Papers set at the Examination for Leaving Certificates, 1889
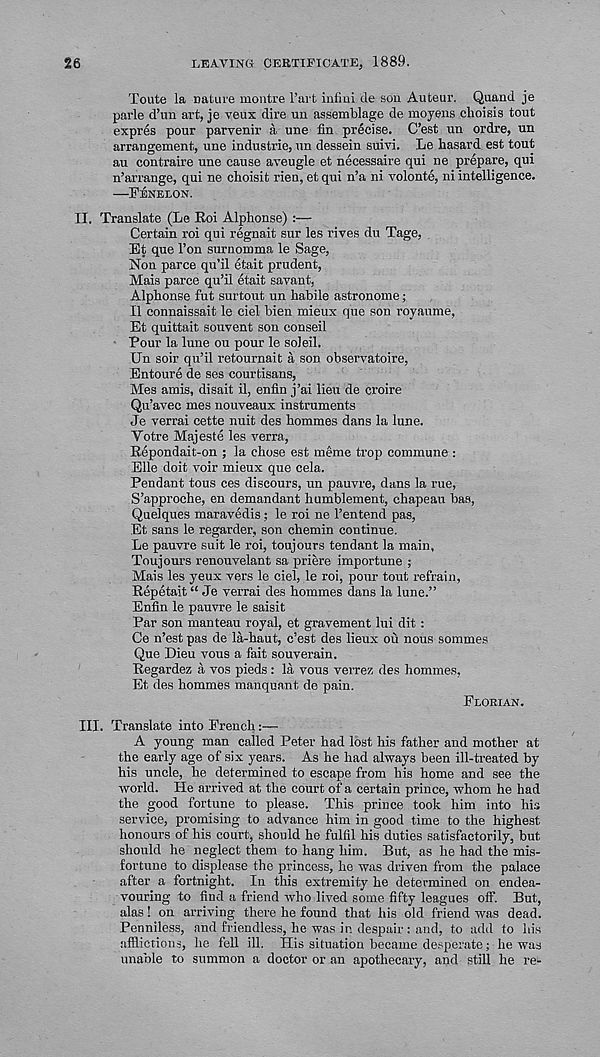
26
LEAVING CERTIFICATE, 1889.
Toute la nature montre Part infmi de son Auteur. Quand je
parle d’un art, je veux dire un assemblage de moyens choisis tout
expres pour parvenir a une fin precise. C’est un ordre, un
arrangement, une Industrie, un dessein suivi. Le hasard est tout
au contraire une cause aveugle et necessaire qui ne prepare, qui
n’arrange, qui ne clioisit rien, et qui n’a ni volonte, ni intelligence.
—FENELON.
II. Translate (Le Roi Alphonse) :—
Certain roi qui regnait sur les rives du Tage,
Et que Ton surnomma le Sage,
Non parce qu’il etait prudent,
Mais parce qu’ii etait savant,
Alphonse fut surtout un habile astronome;
II eonnaissait le ciel bien mieux que son royaume,
Et quittait souvent son conseil
Pour la lune ou pour le soleil.
Un soir qu’il retournait a son observatoire,
Entoure de ses courtisans,
Mes amis, disait il, enfin j’ai lieu de croire
Qu’avec mes nouveaux instruments
Je verrai cette nuit des hommes dans la lune.
Yotre Majeste les verra,
Repondait-on ; la chose est meme trop commune :
Elle doit voir mieux que cela.
Pendant tous ces discours, un pauvre, dans la rue,
S’approche, en demandant humblement, chapeau bas,
Quelques maravedis; le roi ne 1’entend pas,
Et sans le regarder, son chemin continue.
Le pauvre suit le roi, toujours tendant la main,
Toujours renouvelant sa priere importune ;
Mais les yeux vers le ciel, le roi, pour tout refrain,
Repetait “ Je verrai des hommes dans la lune.”
Enfin le pauvre le saisit
Par son manteau royal, et gravement lui dit :
Ce n’est pas de la-haut, c’est des lieux ou nous sommes
Que Dieu vous a fait souverain.
Regardez a vos pieds : la vous verrez des hommes,
Et des hommes manquant de pain.
FLORIAN.
III. Translate into French:—
A young man called Peter had lost his father and mother at
the early age of six years. As he had always been ill-treated by
his uncle, he determined to escape from his home and see the
world. He arrived at the court of a certain prince, whom he had
the good fortune to please. This prince took him into his
service, promising to advance him in good time to the highest
honours of his court, should he fulfil his duties satisfactorily, but
should he neglect them to hang him. But, as he had the mis-
fortune to displease the princess, he was driven from the palace
after a fortnight. In this extremity he determined on endea-
vouring to find a friend who lived some fifty leagues off. But,
alas! on arriving there he found that Ids old friend was dead.
Penniless, and friendless, he was in despair : and, to add to his
afflictions, he fell ill. His situation became desperate; he was
unable to summon a doctor or an apothecary, and still he re-